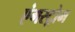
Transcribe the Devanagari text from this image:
एंगस्ट्रोम